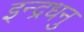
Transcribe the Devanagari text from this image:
इन्द्रधनु